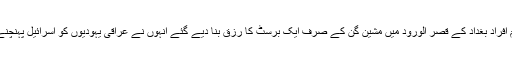
1958ء میں عراقی شاہی خاندان کے 17 اہم افراد بغداد کے قصر الورود میں مشین گن کے صرف ایک برسٹ کا رزق بنا دیے گئے انہوں نے عراقی یہودیوں کو اسرائیل پہنچنے میں آسانیاں پیدا کرنے کی کوشش کی تھی۔